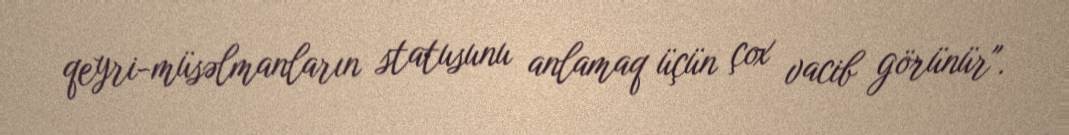
qeyri-müsəlmanların statusunu anlamaq üçün çox vacib görünür".